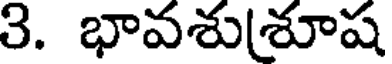
3. భావశుశూష